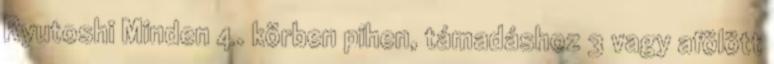
Ryutoshi Minden 4. körben pihen, támadáshoz 3 vagy afölött